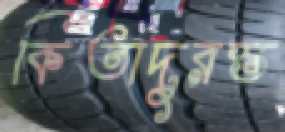
কিতাদুরস্ত